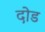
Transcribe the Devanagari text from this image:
दोड